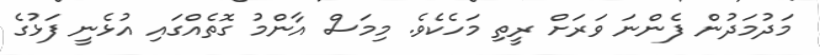
މަދުމަދުން ފެންނަ ވަރަށް ރީތި މަހެކެވެ. މިމަސް އާންމު ގޮތެއްގައި އުޅެނީ ފަޅުގެ